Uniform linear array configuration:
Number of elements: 4
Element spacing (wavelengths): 0.25
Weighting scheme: exponential
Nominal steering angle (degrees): -60
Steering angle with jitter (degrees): -59.149
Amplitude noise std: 0.05
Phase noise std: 0.05

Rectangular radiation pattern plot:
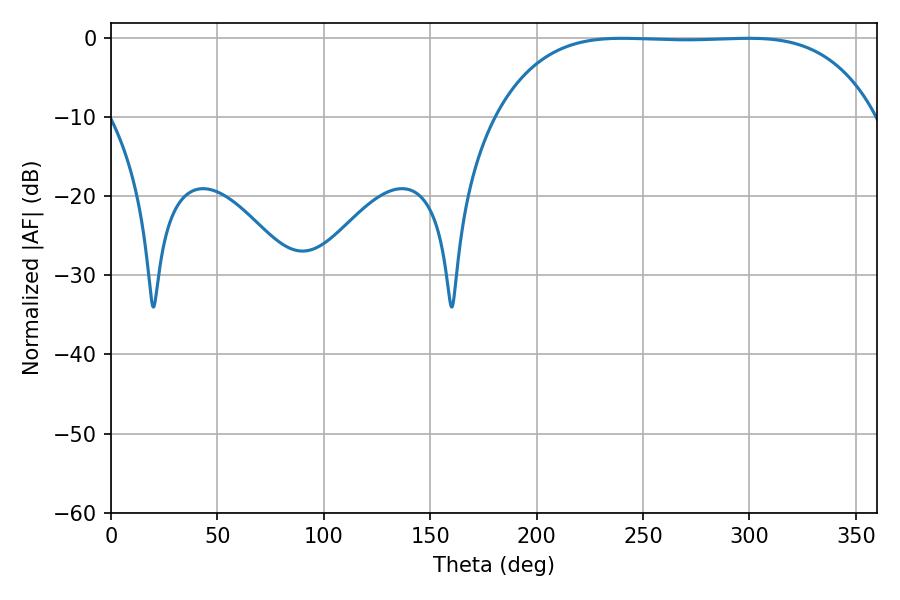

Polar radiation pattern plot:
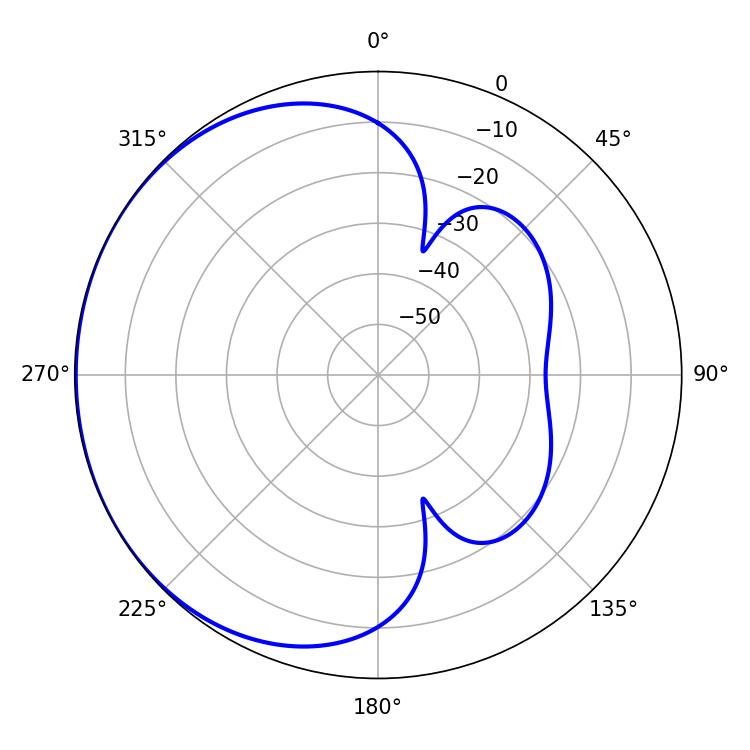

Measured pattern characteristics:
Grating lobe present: FALSE
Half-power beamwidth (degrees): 137.88
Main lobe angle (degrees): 240.3